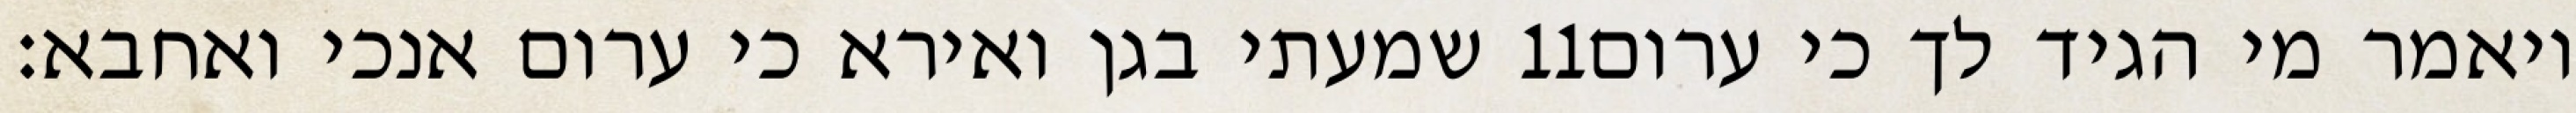
שמעתי בגן ואירא כי ערום אנכי ואחבא׃ ‎11‏ ויאמר מי הגיד לך כי ערום